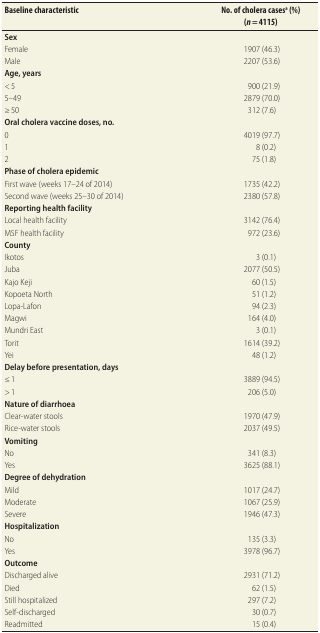
<table><thead><tr><td><b>Baseline characteristic</b></td><td><b>No. of cholera cases<sup>a</sup> (%)(<i>n</i> = 4115)</b></td></tr></thead><tbody><tr><td><b>Sex</b></td><td></td></tr><tr><td>Female</td><td>1907 (46.3)</td></tr><tr><td>Male</td><td>2207 (53.6)</td></tr><tr><td><b>Age, years</b></td><td></td></tr><tr><td>&lt; 5</td><td>900 (21.9)</td></tr><tr><td>5–49</td><td>2879 (70.0)</td></tr><tr><td>≥ 50</td><td>312 (7.6)</td></tr><tr><td><b>Oral cholera vaccine doses, no.</b></td><td></td></tr><tr><td>0</td><td>4019 (97.7)</td></tr><tr><td>1</td><td>8 (0.2)</td></tr><tr><td>2</td><td>75 (1.8)</td></tr><tr><td><b>Phase of cholera epidemic</b></td><td></td></tr><tr><td>First wave (weeks 17–24 of 2014)</td><td>1735 (42.2)</td></tr><tr><td>Second wave (weeks 25–30 of 2014)</td><td>2380 (57.8)</td></tr><tr><td><b>Reporting health facility</b></td><td></td></tr><tr><td>Local health facility</td><td>3142 (76.4)</td></tr><tr><td>MSF health facility</td><td>972 (23.6)</td></tr><tr><td><b>County</b></td><td></td></tr><tr><td>Ikotos</td><td>3 (0.1)</td></tr><tr><td>Juba</td><td>2077 (50.5)</td></tr><tr><td>Kajo Keji</td><td>60 (1.5)</td></tr><tr><td>Kopoeta North</td><td>51 (1.2)</td></tr><tr><td>Lopa-Lafon</td><td>94 (2.3)</td></tr><tr><td>Magwi</td><td>164 (4.0)</td></tr><tr><td>Mundri East</td><td>3 (0.1)</td></tr><tr><td>Torit</td><td>1614 (39.2)</td></tr><tr><td>Yei</td><td>48 (1.2)</td></tr><tr><td><b>Delay before presentation, days</b></td><td></td></tr><tr><td>≤ 1</td><td>3889 (94.5)</td></tr><tr><td>&gt; 1</td><td>206 (5.0)</td></tr><tr><td><b>Nature of diarrhoea</b></td><td></td></tr><tr><td>Clear-water stools</td><td>1970 (47.9)</td></tr><tr><td>Rice-water stools</td><td>2037 (49.5)</td></tr><tr><td><b>Vomiting</b></td><td></td></tr><tr><td>No</td><td>341 (8.3)</td></tr><tr><td>Yes</td><td>3625 (88.1)</td></tr><tr><td><b>Degree of dehydration</b></td><td></td></tr><tr><td>Mild</td><td>1017 (24.7)</td></tr><tr><td>Moderate</td><td>1067 (25.9)</td></tr><tr><td>Severe</td><td>1946 (47.3)</td></tr><tr><td><b>Hospitalization</b></td><td></td></tr><tr><td>No</td><td>135 (3.3)</td></tr><tr><td>Yes</td><td>3978 (96.7)</td></tr><tr><td><b>Outcome</b></td><td></td></tr><tr><td>Discharged alive</td><td>2931 (71.2)</td></tr><tr><td>Died</td><td>62 (1.5)</td></tr><tr><td>Still hospitalized</td><td>297 (7.2)</td></tr><tr><td>Self-discharged</td><td>30 (0.7)</td></tr><tr><td>Readmitted</td><td>15 (0.4)</td></tr></tbody></table>